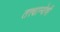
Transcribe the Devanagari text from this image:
तत्त्वान्वेषी